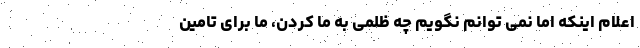
اعلام اینکه اما نمی توانم نگویم چه ظلمی به ما کردن، ما برای تامین